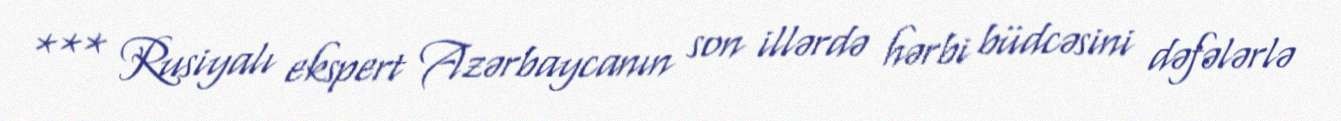
*** Rusiyalı ekspert Azərbaycanın son illərdə hərbi büdcəsini dəfələrlə